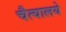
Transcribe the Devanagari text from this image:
चैत्यालये